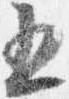
五